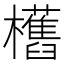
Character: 欍